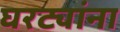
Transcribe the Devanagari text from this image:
घरट्यांना